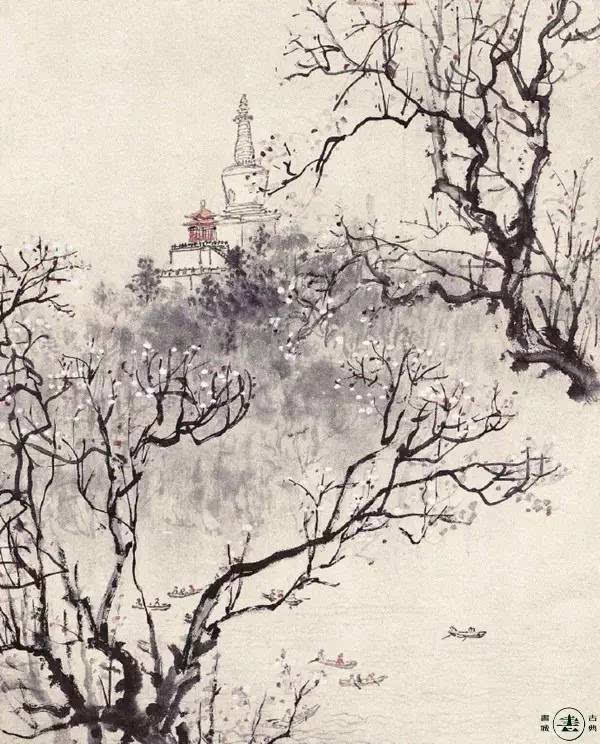
自是人生长恨水长东。